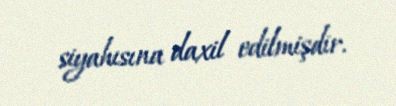
siyahısına daxil edilmişdir.